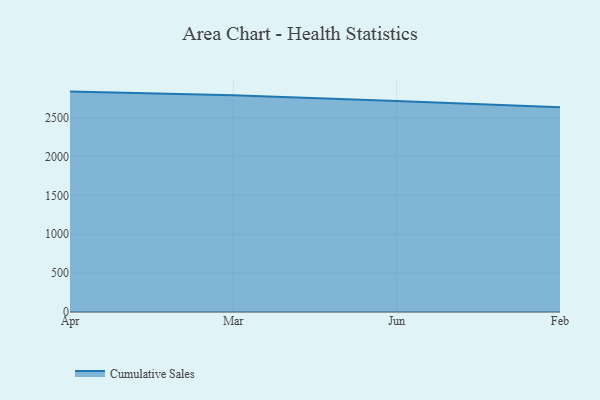
{"axis": {"x": "Month", "y": "Backlog"}, "legend": ["Cumulative Sales"], "data": [{"x": "Apr", "y": 2833.6, "type": "Cumulative Sales"}, {"x": "Mar", "y": 2787.7, "type": "Cumulative Sales"}, {"x": "Jun", "y": 2711.8, "type": "Cumulative Sales"}, {"x": "Feb", "y": 2632.6, "type": "Cumulative Sales"}]}